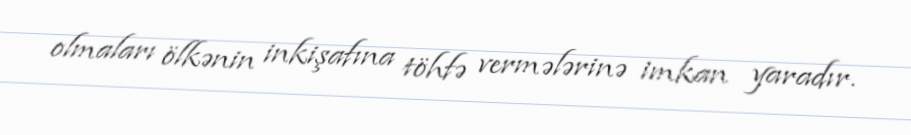
olmaları ölkənin inkişafına töhfə vermələrinə imkan yaradır.